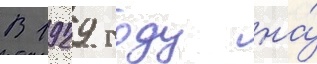
В 1929 году на́